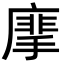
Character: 𢳁